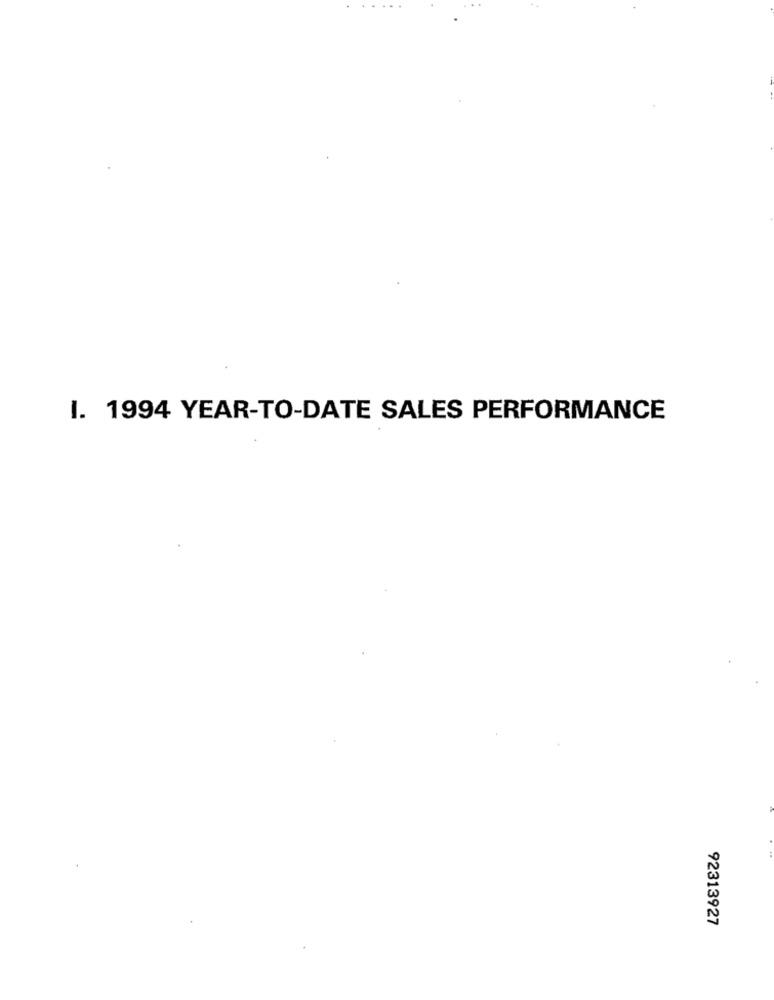
1. 1994 YEAR-TO-DATE SALES PERFORMANCE
92313927